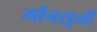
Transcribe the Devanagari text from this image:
मौनसूनी